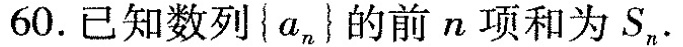
60. 已知数列{a_{n}}的前n项和为S_{n}.